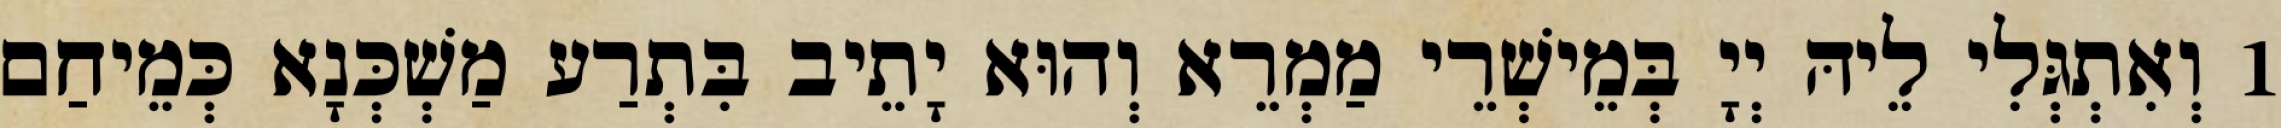
1 וְאִתְגְּלִי לֵיהּ יְיָ בְּמֵישְׁרֵי מַמְרֵא וְהוּא יָתֵיב בִּתְרַע מַשְׁכְּנָא כְּמֵיחַם